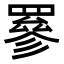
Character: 𦌀